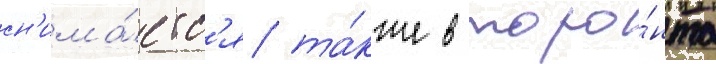
сн'има́етс'я та́кже в торо́нто